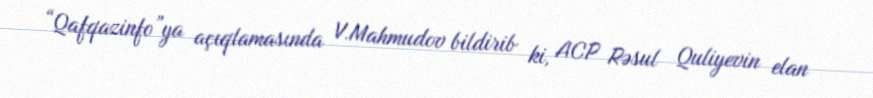
“Qafqazinfo”ya açıqlamasında V.Mahmudov bildirib ki, ACP Rəsul Quliyevin elan